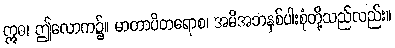
ဣဓ၊ ဤလောက၌။ မာတာပိတရောစ၊ အမိအဘနှစ်ပါးစုံတို့သည်လည်း။